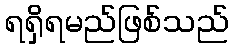
ရရှိရမည်ဖြစ်သည်